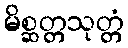
မိစ္ဆတ္တသုတ္တံ